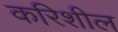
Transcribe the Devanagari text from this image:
करिशील